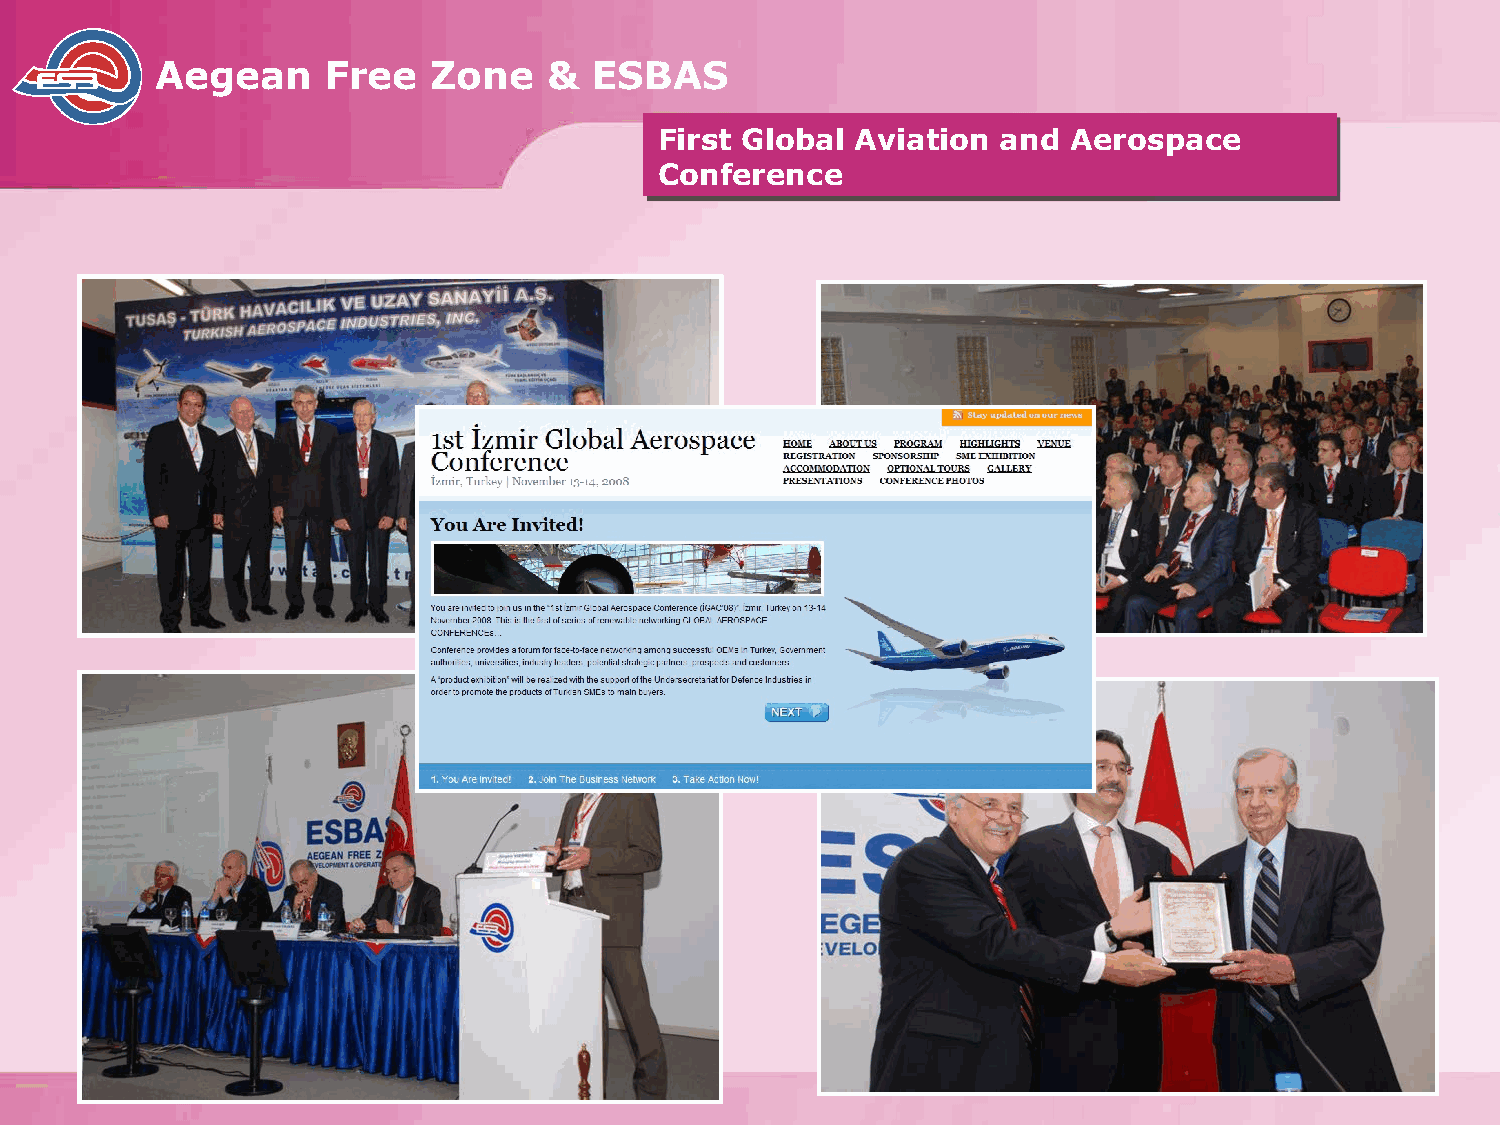
Aegean      Free   Zone   &  ESBAS
 First Global Aviation and  Aerospace
 Conference